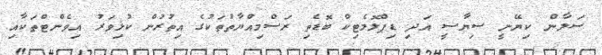
ސަލާން ކިޔޭނީ ސިޔާސީ އަދި ޑިޕްލޮމެޓިކް ބޮޑެތި ރަސްމިއްޔާތުތަކުގެ އިތުރުން ކުޅިވަރު އިވެންޓްތަކާއި